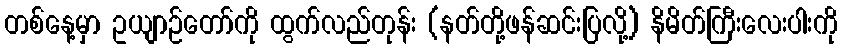
တစ်နေ့မှာ ဥယျာဉ်တော်ကို ထွက်လည်တုန်း (နတ်တို့ဖန်ဆင်းပြလို့) နိမိတ်ကြီးလေးပါးကို